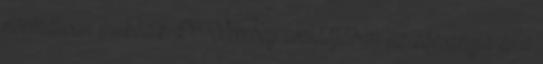
normálisan működik. Dr. Verebey családjában az édesanyja és a